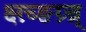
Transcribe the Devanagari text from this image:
क्ष्ग़्च्ङग्र्च्र्